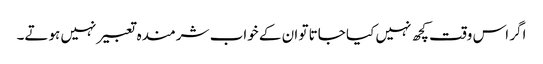
اگر اس وقت کچھ نہیں کیا جاتا تو ان کے خواب شرمندہ تعبیر نہیں ہوتے۔